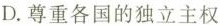
D. 尊重各国的独立主权